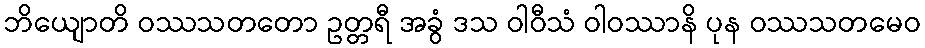
ဘိယျောတိ ဝဿသတတော ဥတ္တရီ အခွံ ဒသ ဝါဝီသံ ဝါဝဿာနိ ပုန ဝဿသတမေဝ